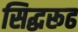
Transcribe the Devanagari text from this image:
सिद्धरूढ